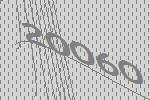
20060